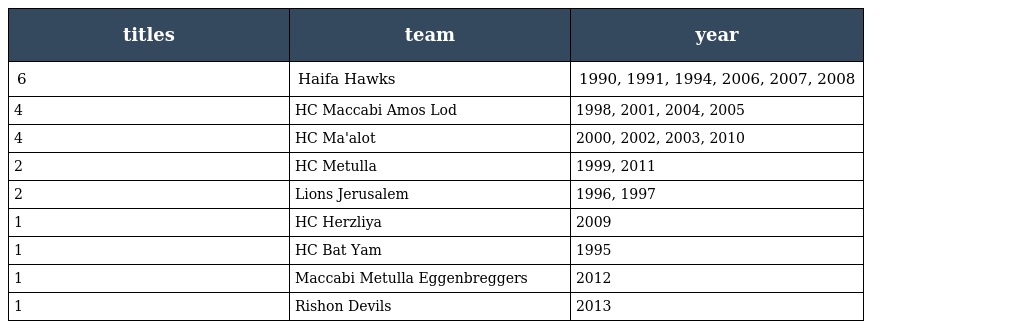
| titles | team | year |
 | --- | --- | --- |
 | 6 | Haifa Hawks | 1990, 1991, 1994, 2006, 2007, 2008 |
 | 4 | HC Maccabi Amos Lod | 1998, 2001, 2004, 2005 |
 | 4 | HC Ma'alot | 2000, 2002, 2003, 2010 |
 | 2 | HC Metulla | 1999, 2011 |
 | 2 | Lions Jerusalem | 1996, 1997 |
 | 1 | HC Herzliya | 2009 |
 | 1 | HC Bat Yam | 1995 |
 | 1 | Maccabi Metulla Eggenbreggers | 2012 |
 | 1 | Rishon Devils | 2013 |